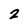
Character: 2